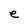
Character: e